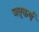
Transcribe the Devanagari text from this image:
जतूकर्ण